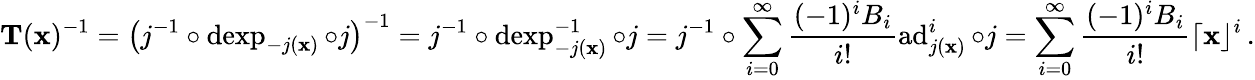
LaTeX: \mathbf T(\mathbf x)^{-1}=\left(j^{-1}\circ\operatorname{dexp}_{-j(\mathbf x)}\circ j\right)^{-1}=j^{-1}\circ\operatorname{dexp}_{-j(\mathbf x)}^{-1}\circ j=j^{-1}\circ\sum_{i=0}^{\infty}\frac{(-1)^{i}B_{i}}{i!}\operatorname{ad}_{j(\mathbf x)}^{i}\circ j=\sum_{i=0}^{\infty}\frac{(-1)^{i}B_{i}}{i!}\lceil\mathbf x\rfloor^{i}\, .